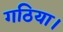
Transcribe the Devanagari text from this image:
गठिया।